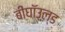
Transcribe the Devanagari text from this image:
बीघॉउल्ड